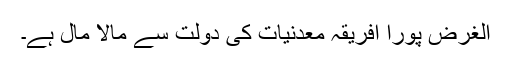
الغرض پورا افریقہ معدنیات کی دولت سے مالا مال ہے۔